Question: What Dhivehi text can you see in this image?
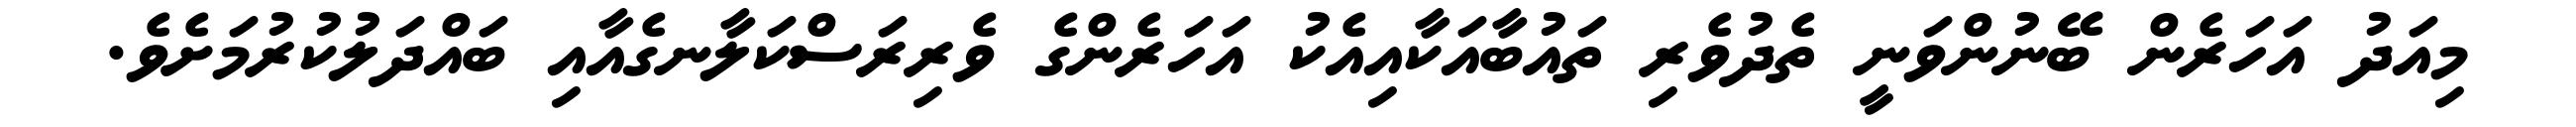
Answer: މިއަދު އަހަރެން ބޭނުންވަނީ ތެދުވެރި ތައުބާއަކާއިއެކު އަހަރެންގެ ވެރިރަސްކަލާނގެއާއި ބައްދަލުކުރުމަށެވެ.